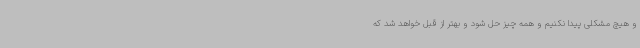
و هیچ مشکلی پیدا نکنیم و همه چیز حل شود و بهتر از قبل خواهد شد که